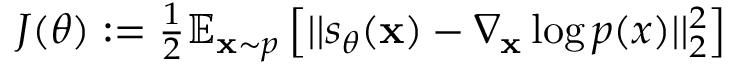
\begin{array} { r } { J ( \theta ) : = \frac { 1 } { 2 } \mathbb { E } _ { \mathbf { x } \sim p } \left[ | | s _ { \theta } ( \mathbf { x } ) - \nabla _ { \mathbf { x } } \log p ( x ) | | _ { 2 } ^ { 2 } \right] } \end{array}